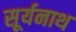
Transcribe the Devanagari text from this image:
सूर्यनाथ